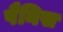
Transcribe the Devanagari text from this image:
पैनिस